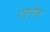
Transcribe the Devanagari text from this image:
एड्मोब